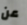
عن